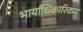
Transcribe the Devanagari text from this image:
भार्याधिकारिकम्